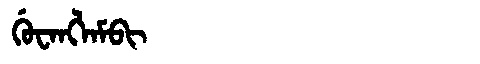
Manchu: ᡤᡠᠸᠠᠩᠯᠠᠮᠪᡳ
Romanization: GUWANGLAMBI